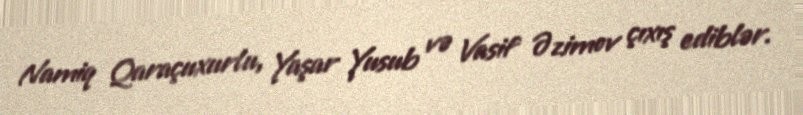
Namiq Qaraçuxurlu, Yaşar Yusub və Vasif Əzimov çıxış ediblər.